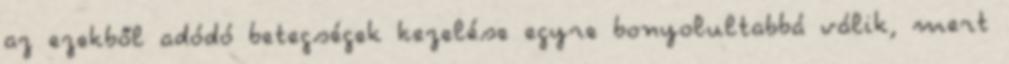
az ezekből adódó betegségek kezelése egyre bonyolultabbá válik, mert